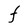
Character: F